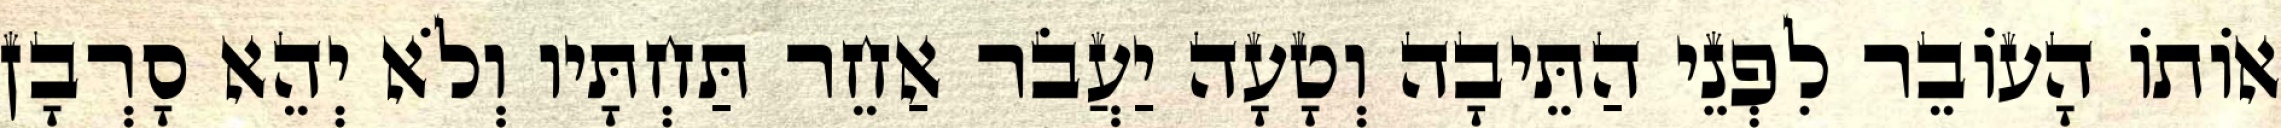
אוֹתוֹ הָעוֹבֵר לִפְנֵי הַתֵּיבָה וְטָעָה יַעֲבֹר אַחֵר תַּחְתָּיו וְלֹא יְהֵא סָרְבָן